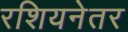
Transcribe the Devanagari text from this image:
रशियनेतर